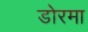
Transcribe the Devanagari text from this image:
डोरमा